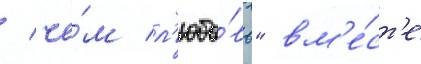
/ че́м л'юбо́вь" вм'е́ст'е